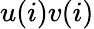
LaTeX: u(i)v(i)